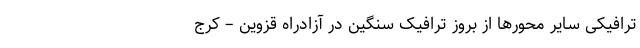
ترافیکی ‌سایر محورها از بروز ترافیک سنگین در آزادراه قزوین – کرج